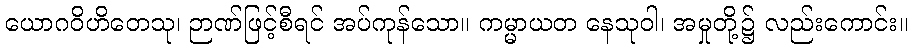
ယောဂဝိဟိတေသု၊ ဉာဏ်ဖြင့်စီရင် အပ်ကုန်သော။ ကမ္မာယတ နေသုဝါ၊ အမှုတို့၌ လည်းကောင်း။